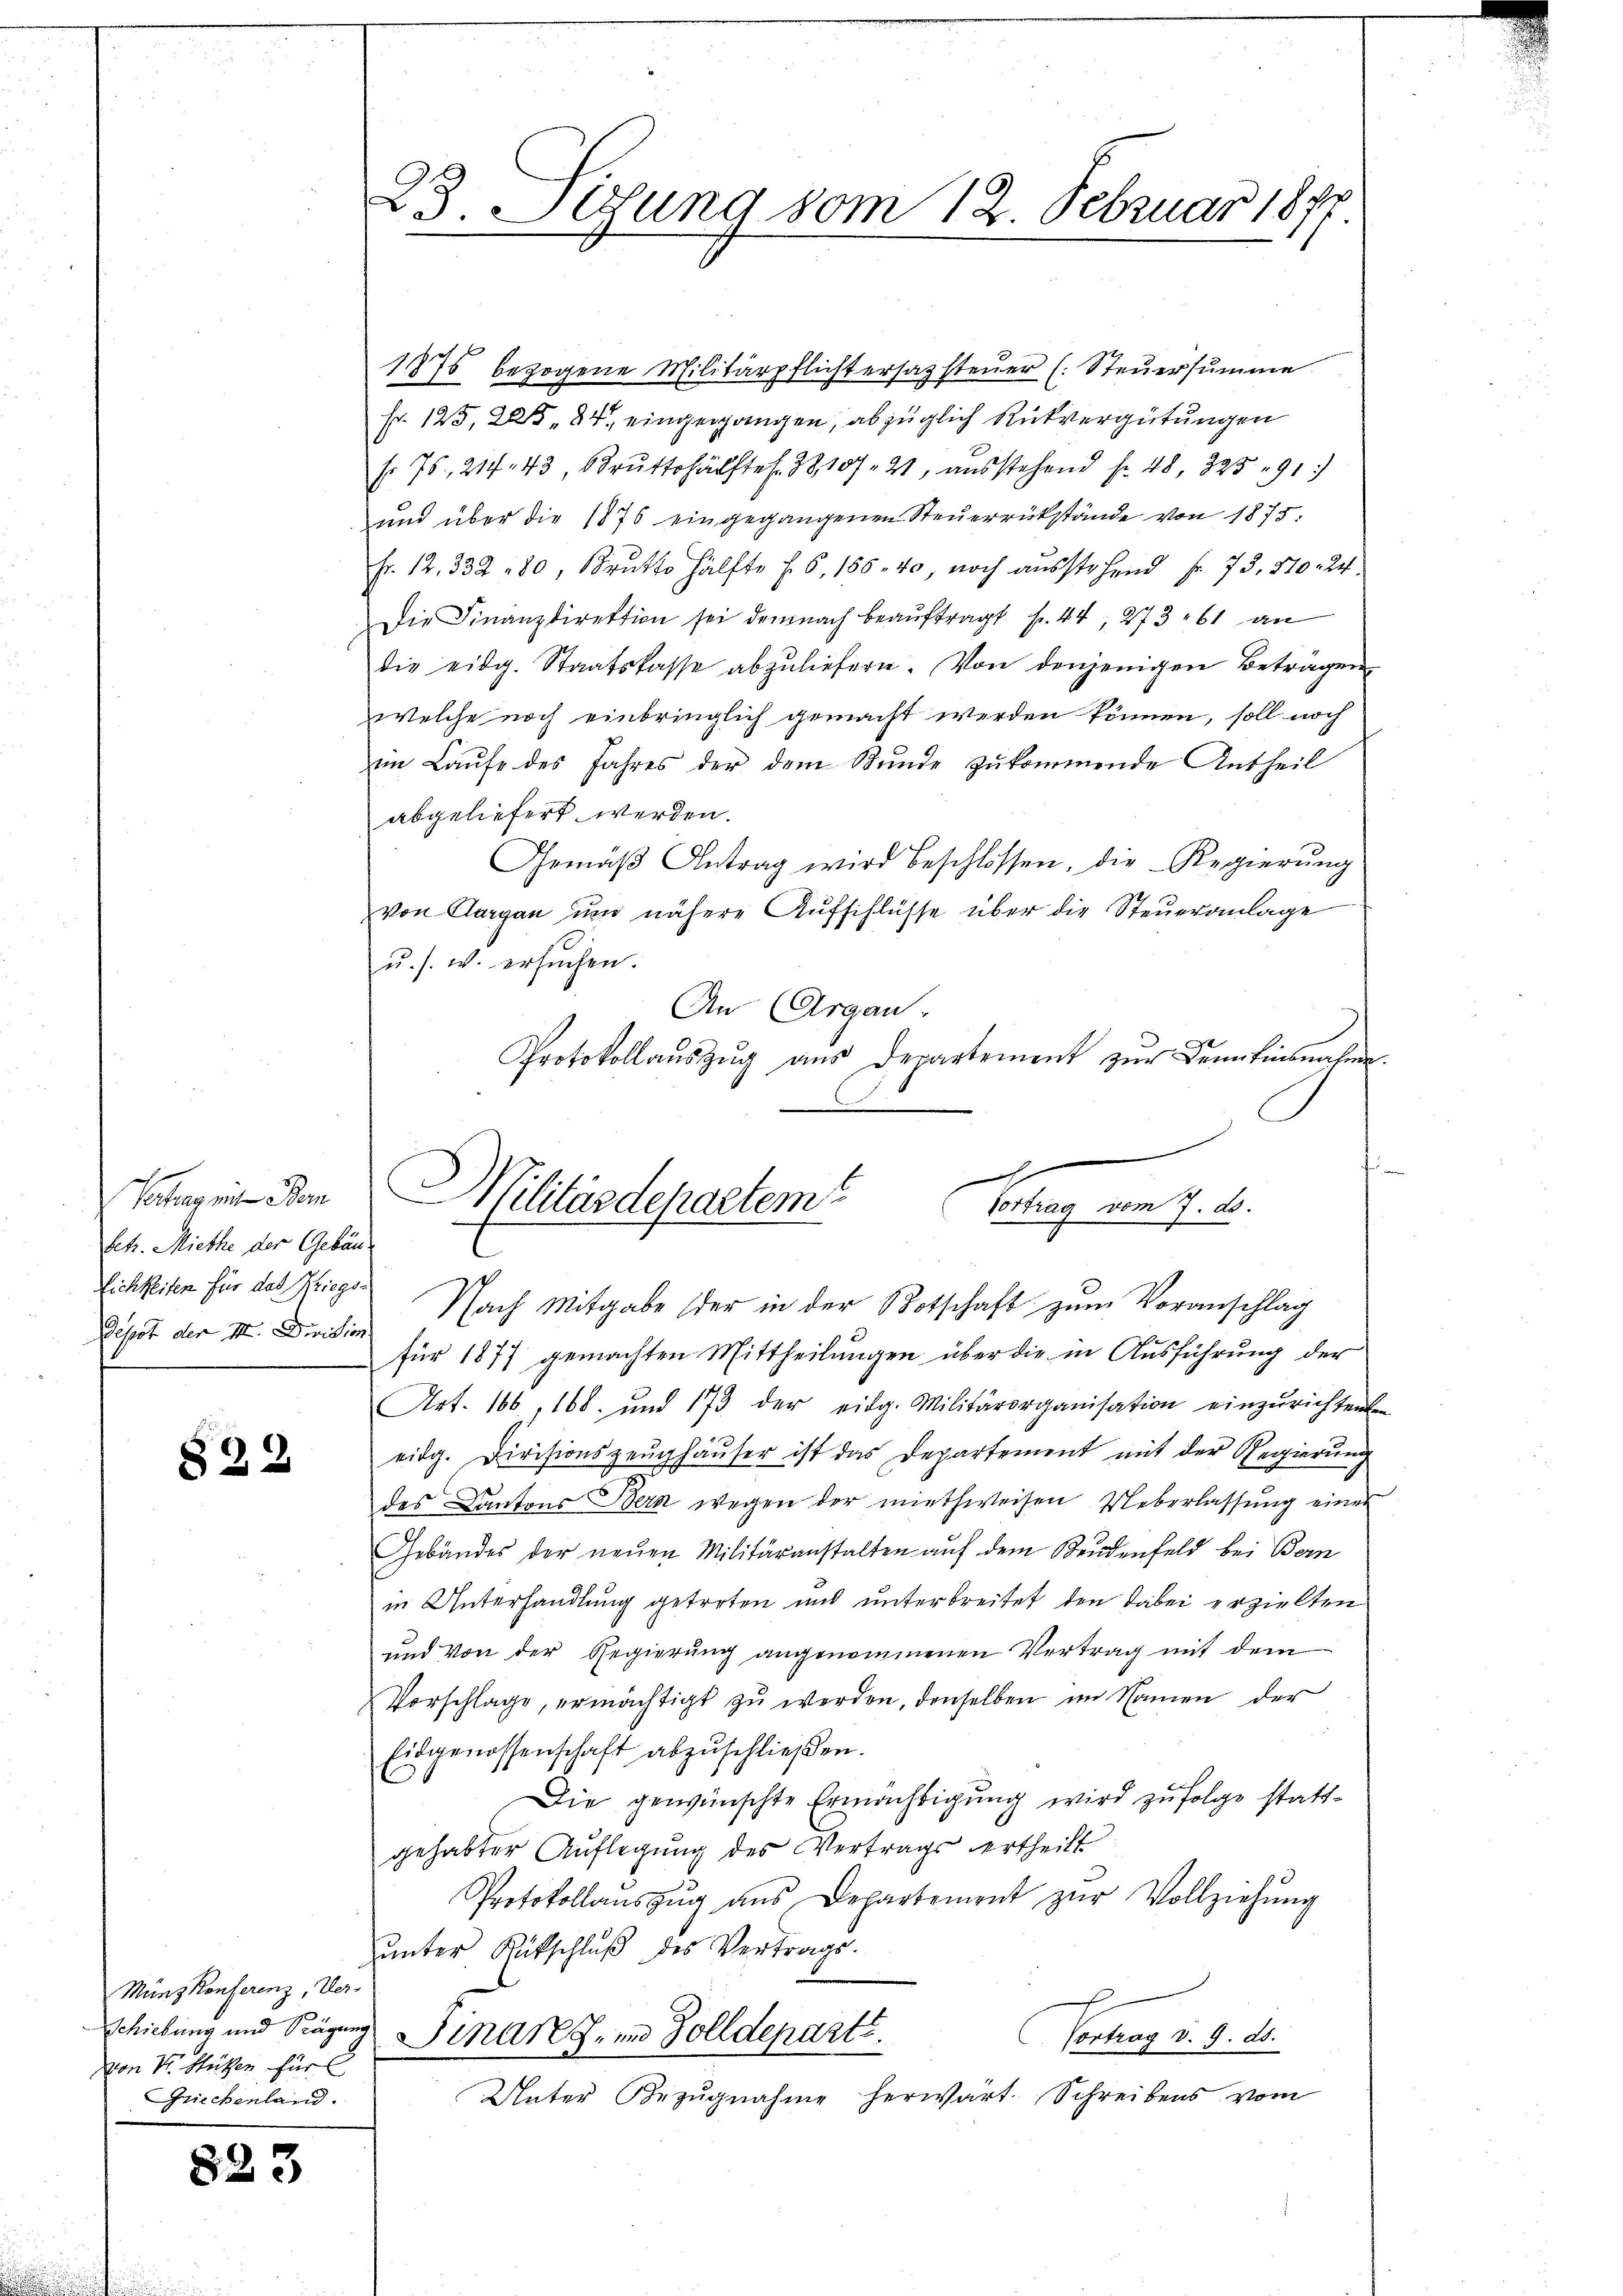
Vechung mit Bem
Setz. Miethe der Gebäu
lichkeiten für das Priegsr
Depot der III. Division

822

1875 bezogene Militärpflichtersazsteuer (: Steuersumme
Fr. 125, 225,84 eingegangen, abzüglich Rückvergütungen
f. 75. 214. 43, Brŭtthätte. 38107. 21, aŭsstehend fr. 48, 325 91
ŭnd über die 1876 eingegangenen Steŭerrückstände von 1875:
Fr. 12. 332 - 80, Brutto Hälfte f. 6, 156. 40, noch aŭsstehend Fr. 73. 870. 24
Die Finanzdirektion sei demnach beaŭftragt fr. 44, 273 61 an
die eidg. Staatskasse abzuliefern. Von denjenigen Beträgen
welche noch einbringlich gemacht werden können, soll noch
im Laŭfe des Jahres der dem Bŭnde zŭkommende Antheil
abgeliefert werden.
Gemäβ Antrag wird beschlossen, die Regierŭng
von Aargau und nähere Aufschlüsse über die Steueranlage
u. s. w. ersŭchen.
An Argau.
Protokollaŭszŭg ans Departement zŭr Kenntinsnahme
für 1877 gemachten Mittheilungen über die in Ausführung der
Art. 166, 168. und 173 der eidg. Militärorganisation einzŭrichten
eidg. Divisionszeŭghäŭser ist das Departement mit der Regierŭng
des Kantons Bern wegen der miethweisen Ueberlassung einer
Gebäudes der neuen Militäranstalten auf dem Brudenfeld bei Bern
in Unterhandlung getreten und unterbreitet den dabei erzielten
und Von der Regierung angenommenen Vertrag mit dem
Vorschlage, ermächtigt zu werden, denselben im Namen der
Eidgenossenschaft abzuschließen.
Die gewünschte Ermächtigung wird zufolge stattgehabter Auflegung des Vertrags ertheilt
Protokollaŭszŭg ans Departement zŭr Vollziehŭng
unter Rückschluß des Vertrags.
Sinar z. in Zolldeparte.
Vortrag v. 9. ds.
Unter Bezugnahme herwart. Schreibens vom

Münzkonferenz, Ver-
Schiebung und Prägung
von Hr. Stützen für
Griechenland.

823

S
23. Sigung vom 12. Februar 1871.

d
Militärdepartem
Vortrag vom 7. d.
Nach Mitgabe der in der Botschaft zum Voranschlag